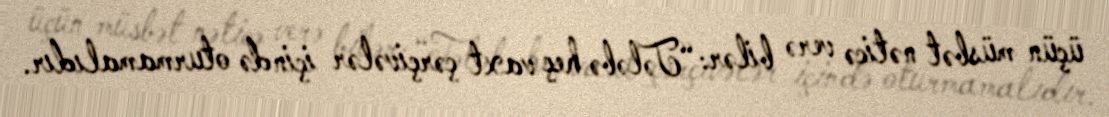
üçün müsbət nəticə verə bilər: “Tələbə heç vaxt çərçivələr içində oturmamalıdır.